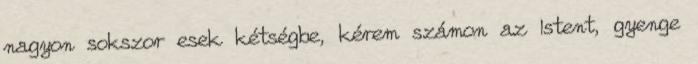
nagyon sokszor esek kétségbe, kérem számon az Istent, gyenge